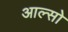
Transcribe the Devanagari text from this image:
आल्सो